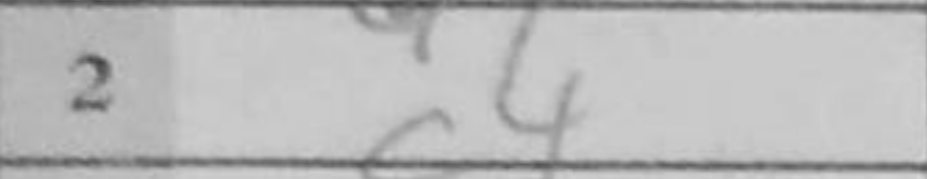
Transcription: c4